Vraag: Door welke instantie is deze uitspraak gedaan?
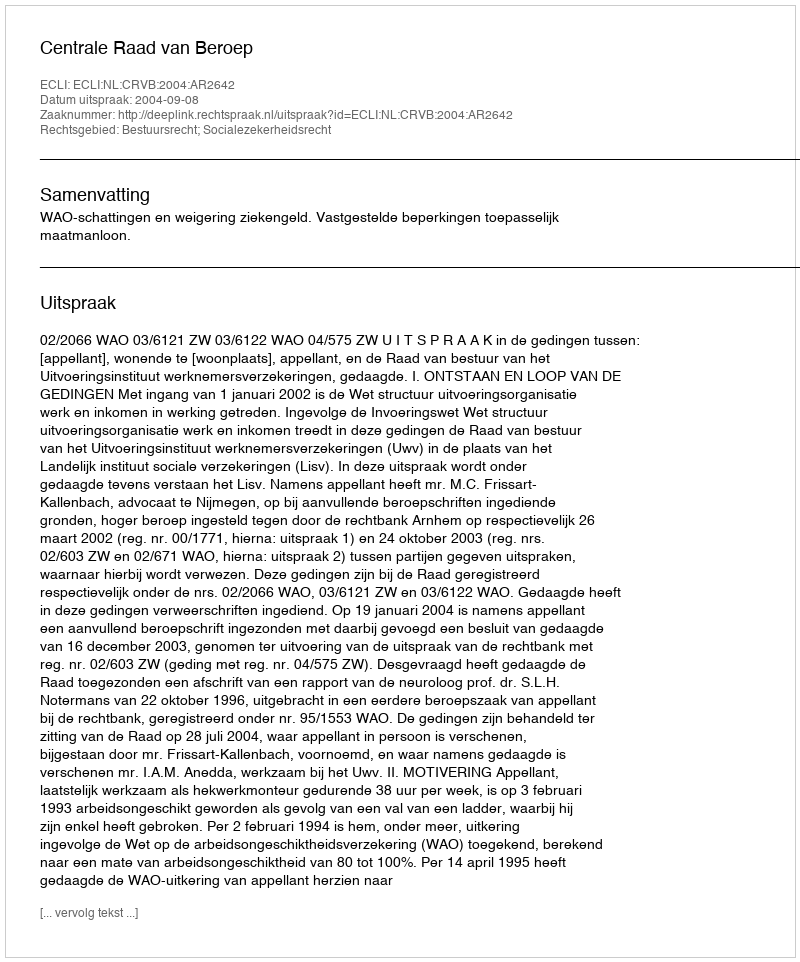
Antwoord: Centrale Raad van Beroep